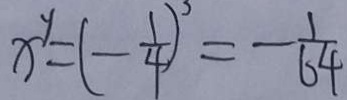
x ^ { y } = ( - \frac { 1 } { 4 } ) ^ { 3 } = - \frac { 1 } { 6 4 }